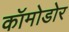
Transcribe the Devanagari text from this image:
कॉमोडोर